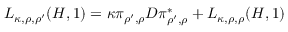
L _ { \kappa , \rho , \rho ^ { \prime } } ( H , 1 ) = \kappa \pi _ { \rho ^ { \prime } , \rho } D \pi _ { \rho ^ { \prime } , \rho } ^ { * } + L _ { \kappa , \rho , \rho } ( H , 1 )